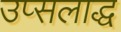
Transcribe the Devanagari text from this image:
उप्सलाद्ध